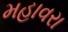
મહાવરા